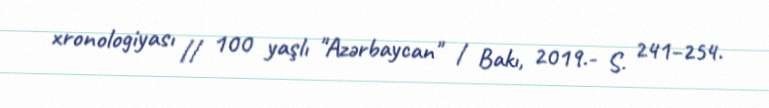
xronologiyası // 100 yaşlı "Azərbaycan" / Bakı, 2019.- S. 241–254.